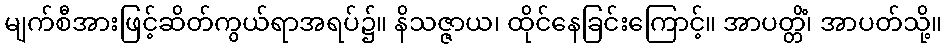
မျက်စီအားဖြင့်ဆိတ်ကွယ်ရာအရပ်၌။ နိသဇ္ဇာယ၊ ထိုင်နေခြင်းကြောင့်။ အာပတ္တိံ၊ အာပတ်သို့။